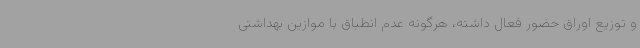
و توزیع اوراق حضور فعال داشته، هرگونه عدم انطباق با موازین بهداشتی